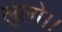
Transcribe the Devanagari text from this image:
लूलो।।